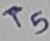
Text: T5